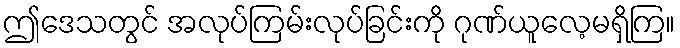
ဤဒေသတွင် အလုပ်ကြမ်းလုပ်ခြင်းကို ဂုဏ်ယူလေ့မရှိကြ။